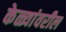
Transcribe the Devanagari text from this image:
केळ्यांवरील